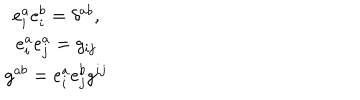
LaTeX: \begin{array} { c } { { e _ { i } ^ { a } e _ { i } ^ { b } = \delta ^ { a b } , } } \\ { { e _ { i } ^ { a } e _ { j } ^ { a } = g _ { i j } } } \\ { { g ^ { a b } = e _ { i } ^ { a } e _ { j } ^ { b } g ^ { i j } } } \\ \end{array}